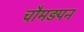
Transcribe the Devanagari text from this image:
चौमड़पन